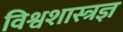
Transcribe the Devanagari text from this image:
विश्वशास्त्रज्ञ